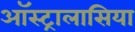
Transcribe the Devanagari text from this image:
ऑस्ट्रालासिया